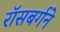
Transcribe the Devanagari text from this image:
रॉसबर्गने